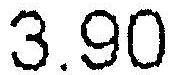
3.90